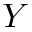
Y